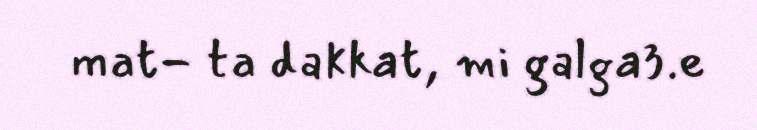
mat- ta dakkat, mi galga3.e